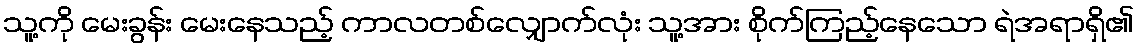
သူ့ကို မေးခွန်း မေးနေသည့် ကာလတစ်လျှောက်လုံး သူ့အား စိုက်ကြည့်နေသော ရဲအရာရှိ၏